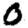
Digit: 0